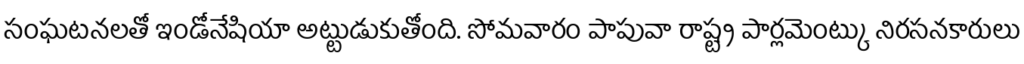
సంఘటనలతో ఇండోనేషియా అట్టుడుకుతోంది. సోమవారం పాపువా రాష్ట్ర పార్లమెంట్కు నిరసనకారులు